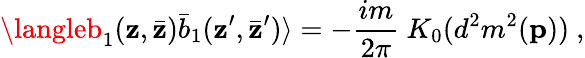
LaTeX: \langleb_{1}(\mathbf{z},\bar{{\mathbf{z}}})\bar{{b}}_{1}(\mathbf{z}^{\prime},\bar{{\mathbf{z}}}^{\prime})\rangle=-{\frac{{im}}{{2\pi}}}~K_{0}(d^{2}m^{2}({\mathbf{p}}))~,